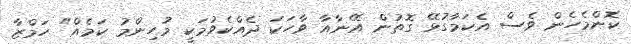
ކޮންމެހެން ވެސް އެކަމާގުޅޭ ގޮތުން އޭނާއާ ވާހަކަ ދެއްކެވުމަކީ މުހިންމު ކަމެއް" ހަމްޒާ